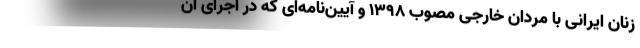
زنان ایرانی با مردان خارجی مصوب ۱۳۹۸ و آیین‌نامه‌ای که در اجرای آن